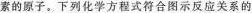
素的原子。下列化学方程式符合图示反应关系的